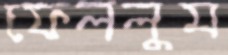
ফেললুম